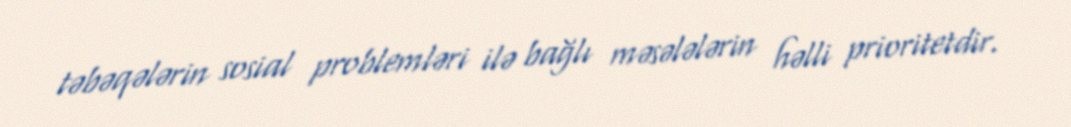
təbəqələrin sosial problemləri ilə bağlı məsələlərin həlli prioritetdir.